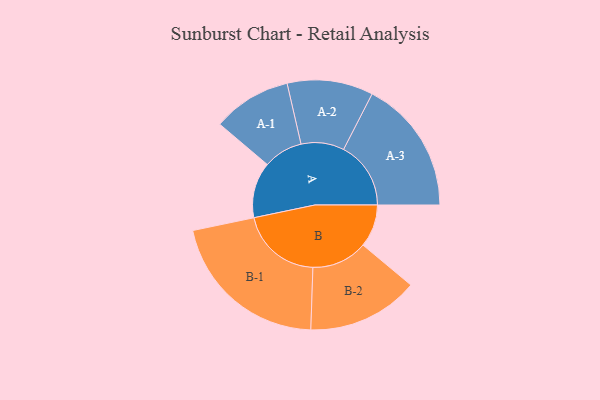
{"axis": {"x": "Segment", "y": "Value"}, "legend": ["", "A", "B"], "data": [{"x": "A", "y": 170, "type": ""}, {"x": "B", "y": 130, "type": ""}, {"x": "A-1", "y": 120, "type": "A"}, {"x": "A-2", "y": 131, "type": "A"}, {"x": "A-3", "y": 205, "type": "A"}, {"x": "B-1", "y": 249, "type": "B"}, {"x": "B-2", "y": 170, "type": "B"}]}